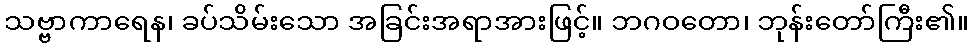
သဗ္ဗာကာရေန၊ ခပ်သိမ်းသော အခြင်းအရာအားဖြင့်။ ဘဂဝတော၊ ဘုန်းတော်ကြီး၏။